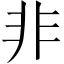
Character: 非